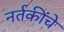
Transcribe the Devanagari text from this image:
नर्तकींचे